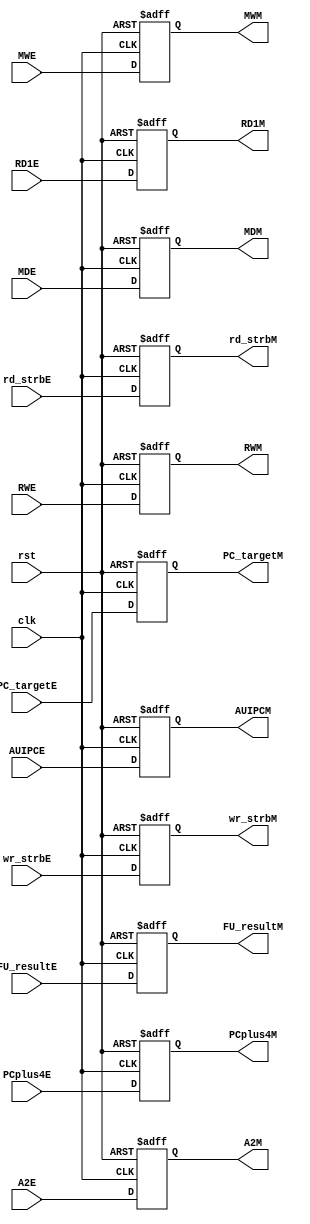
module pipeline_EM(

    input wire clk,
    input wire rst,
    input wire MWE, 
    input wire RWE, 
    input wire [1:0] MDE, 
    input wire [1:0] wr_strbE,
    input wire AUIPCE, 
    input wire [2:0] rd_strbE,
    input wire [31:0] PCplus4E,
    input wire [4:0] A2E,
    input wire [31:0] FU_resultE,
    input wire [31:0] RD1E,
    input wire [31:0] PC_targetE,
    output reg MWM, 
    output reg RWM, 
    output reg [1:0] MDM, 
    output reg [1:0] wr_strbM,
    output reg AUIPCM, 
    output reg [2:0] rd_strbM,
    output reg [31:0] PCplus4M,
    output reg [4:0] A2M,
    output reg [31:0] FU_resultM,
    output reg [31:0] RD1M,
    output reg [31:0] PC_targetM
    );
    
    always @(posedge clk,negedge rst) begin
        if(!rst) begin
            MWM <= 0;
            RWM <= 0;
            MDM <= 0;
            wr_strbM <= 0;
            AUIPCM <= 0;
            rd_strbM <= 0;
            PCplus4M <= 0;
            A2M <= 0;
            FU_resultM <= 0;
            RD1M <= 0;
            PC_targetM <= 0;            
        end
        else begin
            MWM <= MWE;
            RWM <= RWE;
            MDM <= MDE;
            wr_strbM <= wr_strbE;
            AUIPCM <= AUIPCE;
            rd_strbM <= rd_strbE;
            PCplus4M <= PCplus4E;
            A2M <= A2E;
            FU_resultM <= FU_resultE;
            RD1M <= RD1E;
            PC_targetM <= PC_targetE;            
        end
    end
endmodule